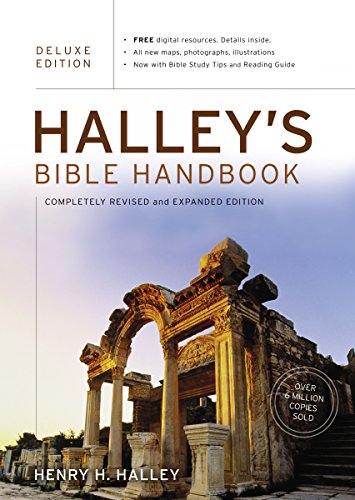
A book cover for Halley's Bible Handbook, Deluxe Edition: Completely Revised and Expanded Edition---Over 6 Million Copies Sold; Henry H. Halley; Christian Books & Bibles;